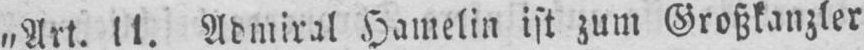
„Art. 11. Admiral Hamelin ist zum Großkanzler